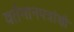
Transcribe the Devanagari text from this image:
वर्तमानपत्रांशी